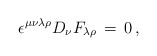
\begin{align*}\epsilon^{\mu\nu\lambda\rho}D_\nu F_{\lambda\rho}\,=\,0\,,\end{align*}